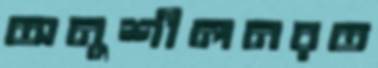
অনুশীলনরত